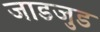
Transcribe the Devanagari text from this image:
जाडजुड